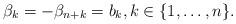
LaTeX: \begin{align*} \beta_k = -\beta_{n+k} = b_k, k \in \{1,\ldots,n\}.\end{align*}